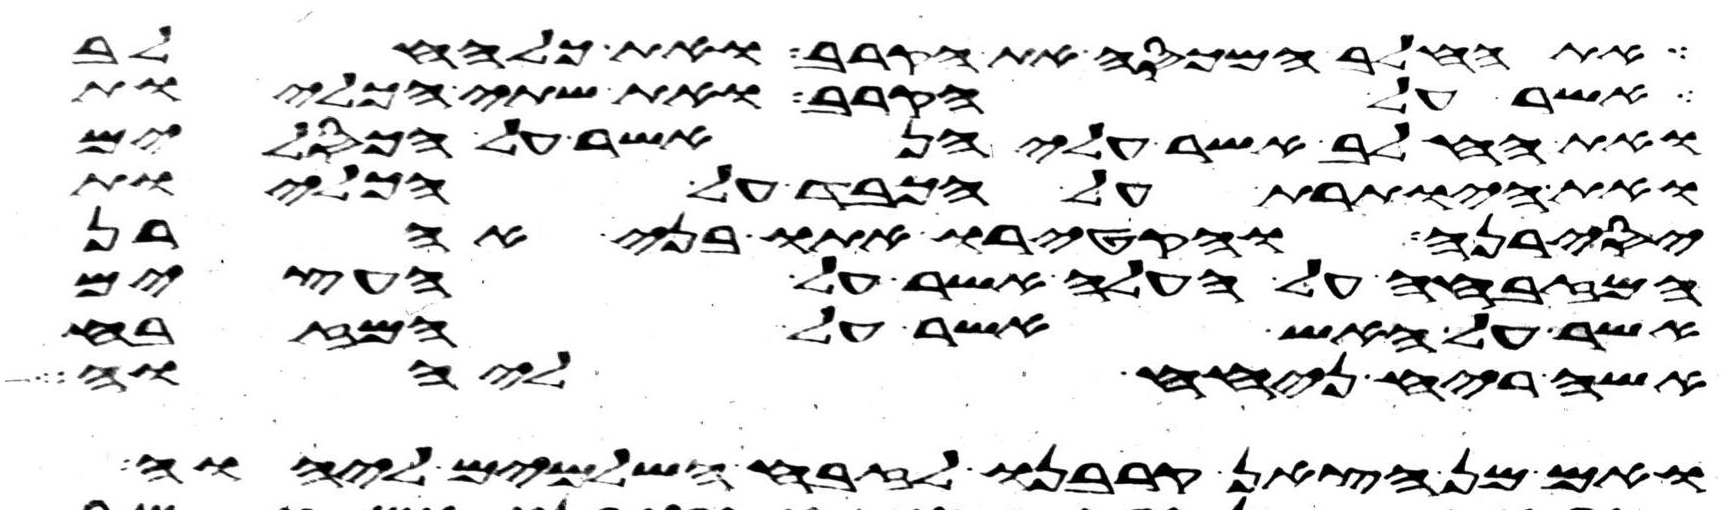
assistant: את החלב המכסה את הקרב ואת כל החלב
אשר על הקרב ואת שתי הכליות
ואת החלב אשר עליהן אשר על הכסלים
ואת היותרת על הכבד על הכליות
יסירנה והקטירו אתו בני אהרן
המזבחה על העלה אשר על העצים
אשר על האש אשר על המזבח
אשה ריח ניחח ליהוה
ואם מן הצאן קרבנו לזבח השלמים ליהוה